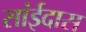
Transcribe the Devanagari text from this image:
सांईदास